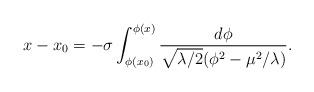
LaTeX: \begin{align*}x-x_{0}=-\sigma \int _{\phi (x_{0})}^{\phi (x)}\frac{d\phi }{\sqrt{\lambda /2}(\phi ^{2}-\mu ^{2}/\lambda )}.\end{align*}